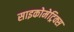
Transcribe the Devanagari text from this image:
साइकोमेट्रिक्स